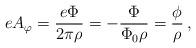
LaTeX: \begin{align*}eA_{\varphi} = {e\Phi \over 2\pi\rho} = -{\Phi \over \Phi_{0}\rho}= {\phi\over\rho}\,,\end{align*}